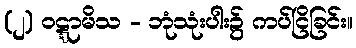
(၂) ဝဋ္ဋာမိသ - ဘုံသုံးပါး၌ ကပ်ငြိခြင်း။